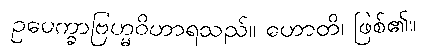
ဥပေက္ခာဗြဟ္မဝိဟာရသည်။ ဟောတိ၊ ဖြစ်၏။